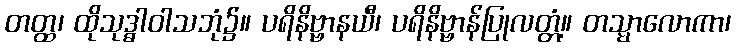
တတ္ထ၊ ထိုသုဒ္ဓါဝါသဘုံ၌။ ပရိနိဗ္ဗာနယီ၊ ပရိနိဗ္ဗာန်ပြုလတ္တံ့။ တသ္မာလောကာ၊